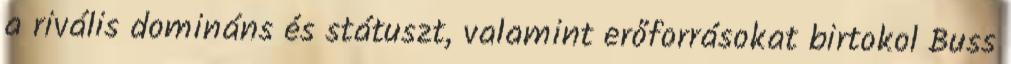
a rivális domináns és státuszt, valamint erőforrásokat birtokol Buss